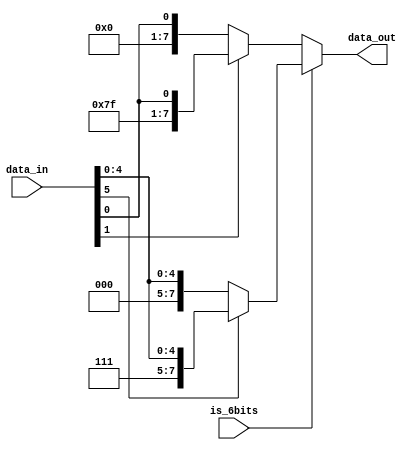
`timescale 1ns/1ps

module signextender
(
    input [5:0] data_in,
    input is_6bits,
    output [7:0] data_out
);
    assign data_out = is_6bits ? 
        (data_in[5] ? {2'b11, data_in} : {2'b00, data_in}) : 
        (data_in[1] ? {6'b111111, data_in[1:0]} : {6'b000000, data_in[1:0]});
            
endmodule